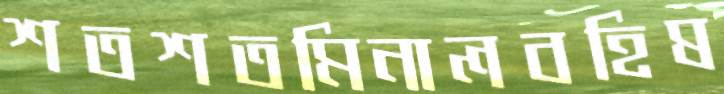
শতশতমিনালবহিষ